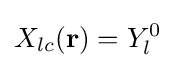
X_{lc}(\mathbf {r} )=Y_{l}^{0}